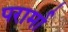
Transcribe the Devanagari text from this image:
परार्मा